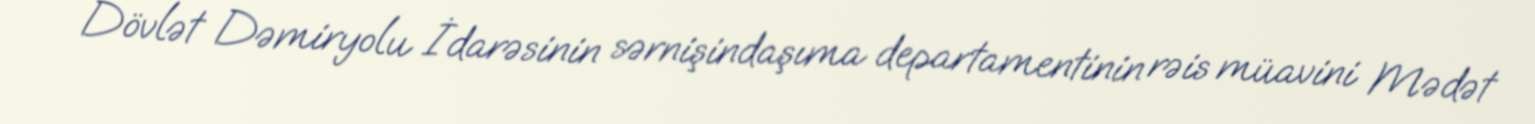
Dövlət Dəmiryolu İdarəsinin sərnişindaşıma departamentinin rəis müavini Mədət